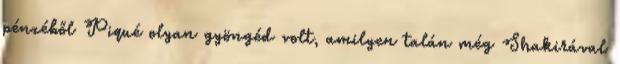
pénzéből Piqué olyan gyöngéd volt, amilyen talán még Shakirával